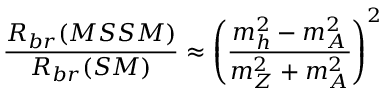
\frac { R _ { b r } ( M S S M ) } { R _ { b r } ( S M ) } \approx \left( \frac { m _ { h } ^ { 2 } - m _ { A } ^ { 2 } } { m _ { Z } ^ { 2 } + m _ { A } ^ { 2 } } \right) ^ { 2 }